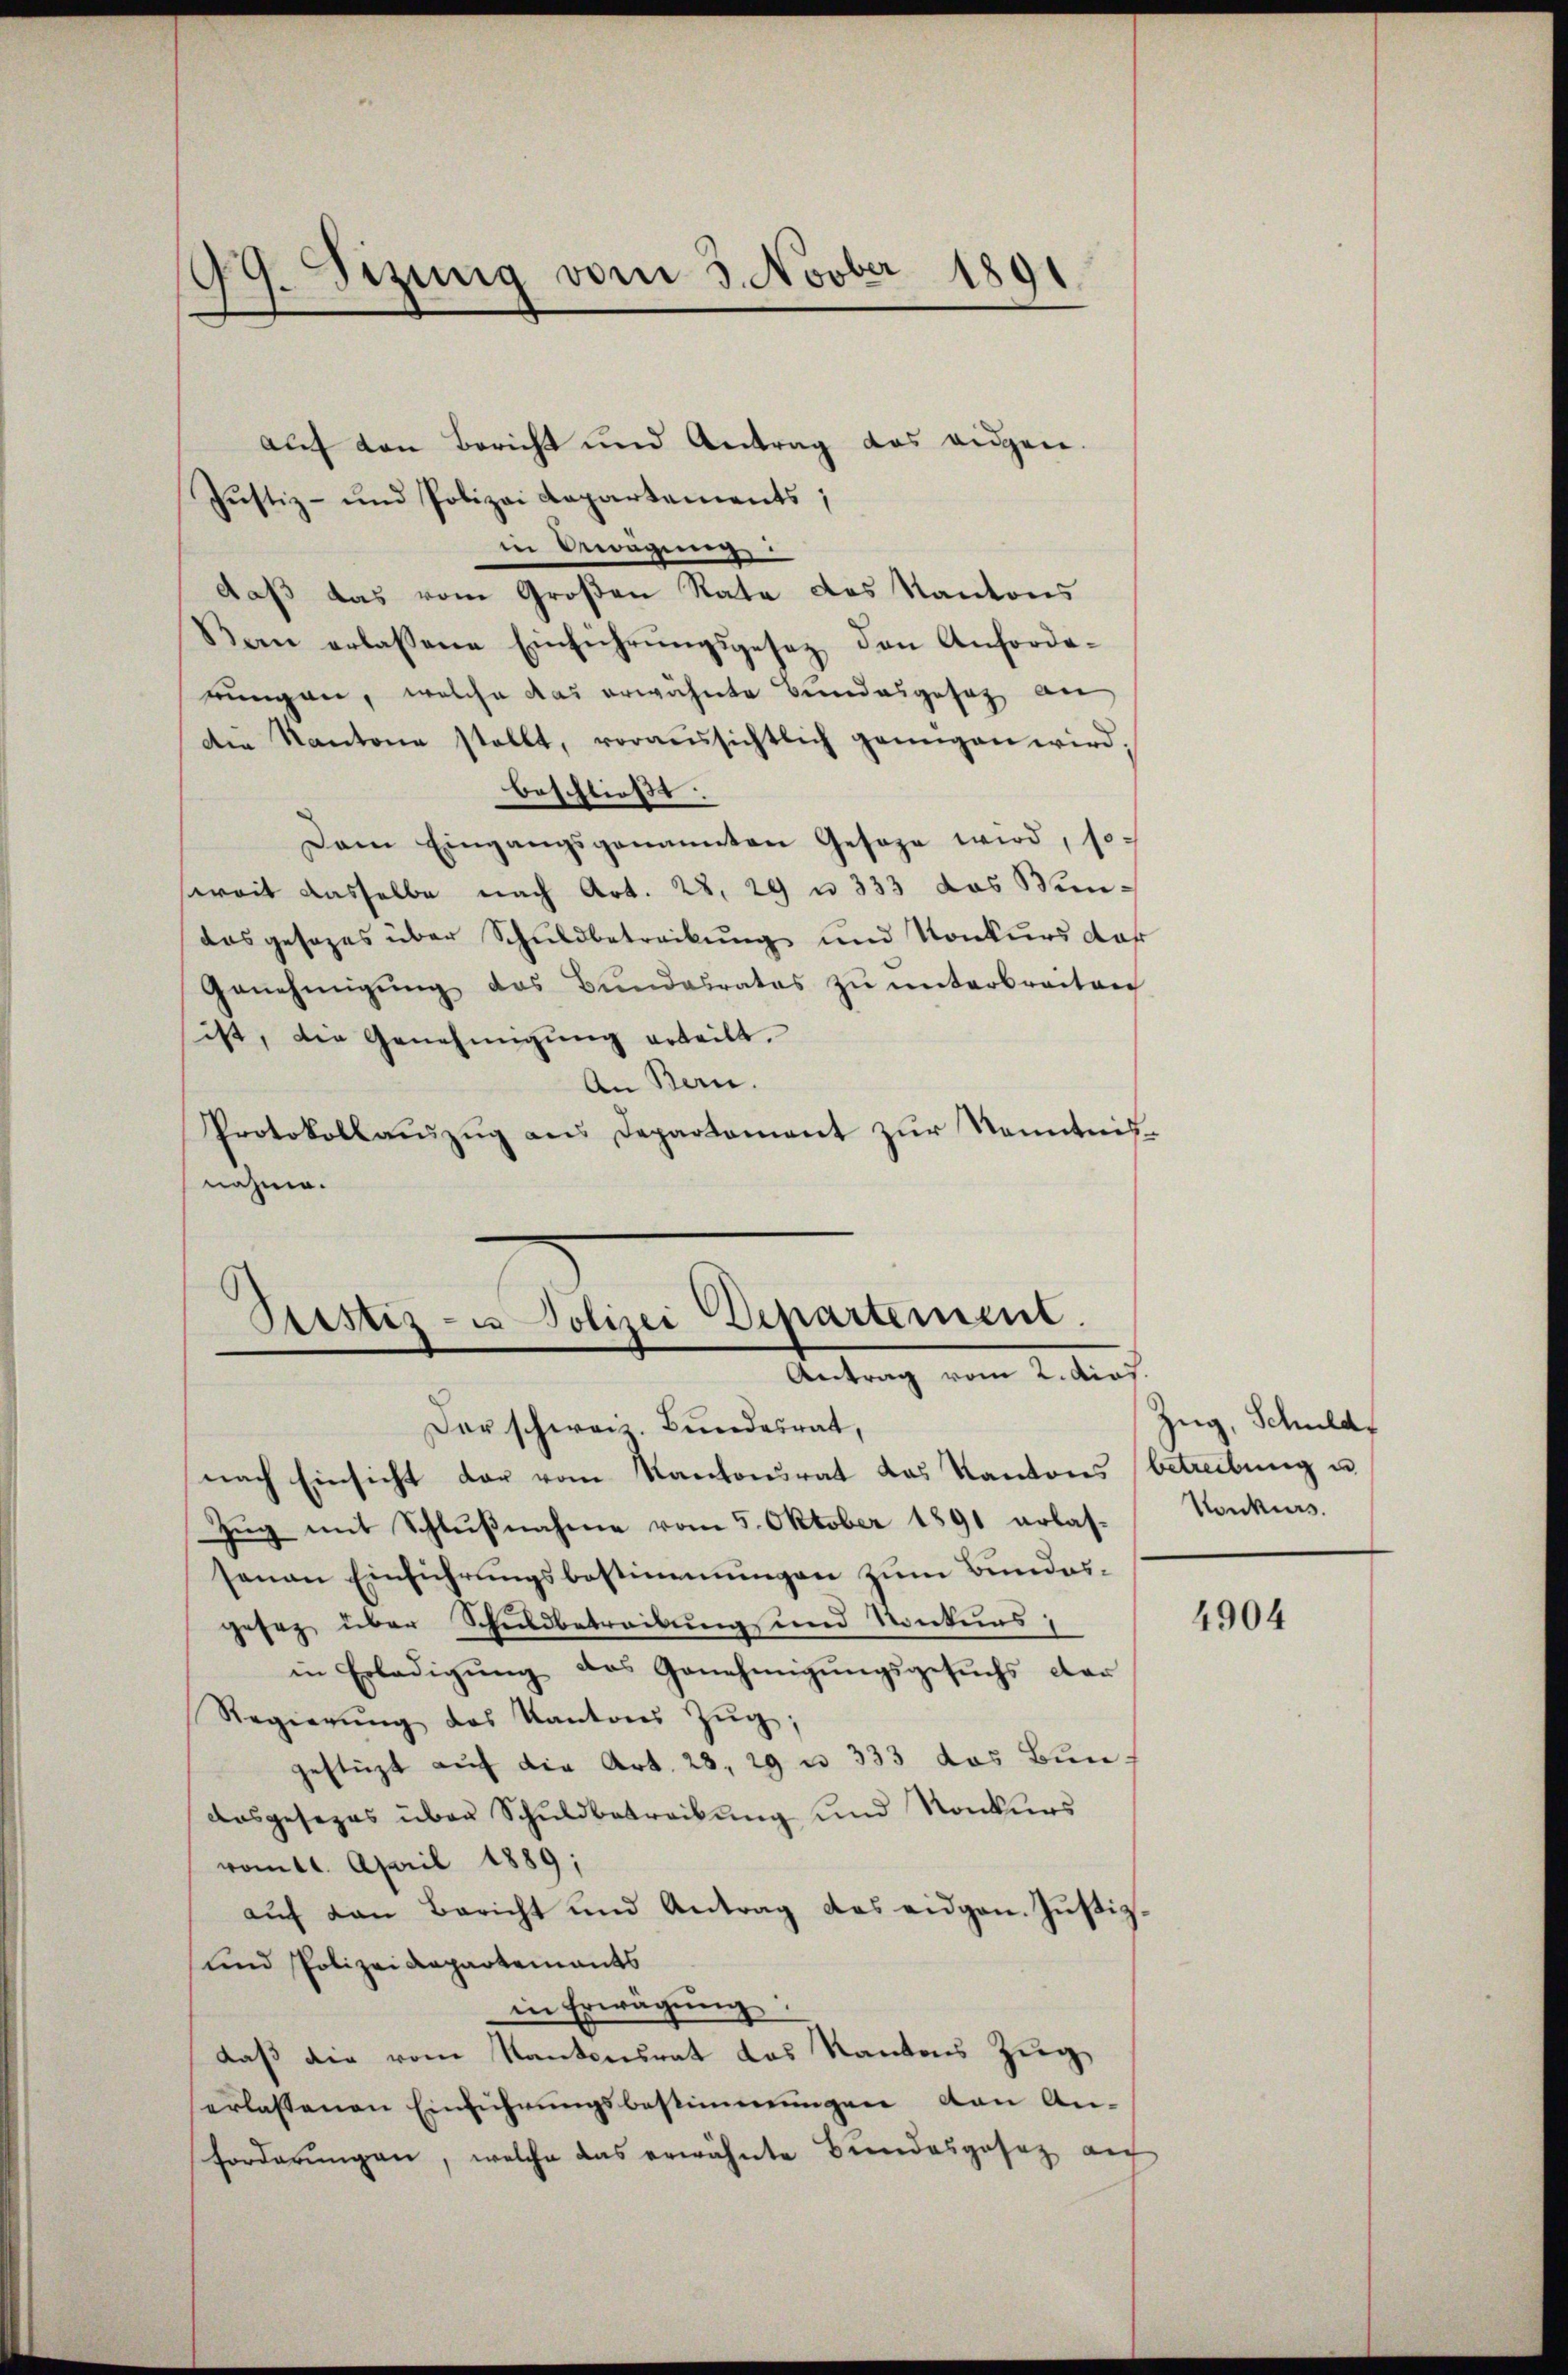
99. Sizung vom 3. Novber 1891

Justiz- u Polizei Departement.
Antrag vom 2. dies.
Der schweiz. Bundesrat,

aŭf den Bericht und Antrag das angen.
Justiz- und Polizei Aapartements;
in Bewegung
daß das vom Großen Rate des Kantons
Sein erlassene Einführŭngsgesetz den Anforde-
rungen, welche das erwähnte Bundesgesetz an
Die Kantone stellt, voraussichtlich genügen wird;
beschließt:
Dem Eingangsgenannten Gesage wird, soweit dasselbe nach Art. 28. 29 u 333 das Windas gesezes über Schuldbetreckung und Konkurs dar
Genehmigŭng das Bundesrates zu unterbreiten
sist, die Genehmigŭng erteilt.
An Bern.
Protokollauszug aus Departament zur Nenntnisnahme.

nach Einsicht der vom Kantonsrat das Kantons (betreibung u
Zug mit Schlußnahme vom 5. Oktober 1891 erlas-
senen Einführungsbestimmungen zum Bundesgesez über Schuldbetreibung und Konkurs,
in Erledigŭng des Genehmigŭngsgesuchs dar
Regierŭng des Kantons Zŭg,
gestüzt auf die Art. 23, 29 n 333 das Bundosgesezes über Schuldbetreibung und Konkurs
vom 11. April 1889;
aŭf den Bericht und Antrag das eidgen. Jŭstiz,
und Polizeidepartements
in Erwägŭng
daß die vom Kantonsrat das Kantons Zug,
erlassenen Einführungsbestimmungen von An¬
Forderungen, welche das erwähnte Bundesgesez au

Zug, Schuld
Konkurs.

4904